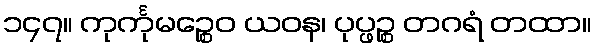
၁၄၇။ ကုင်္ကုမဉ္စေဝ ယဝန၊ ပုပ္ဖဉ္စ တဂရံ တထာ။